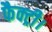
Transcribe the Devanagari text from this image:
फैक्ट्री।